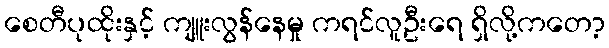
စေတီပုထိုးနှင့် ကျူးလွန်နေမှု ကရင်လူဦးရေ ရှိလို့ကတော့